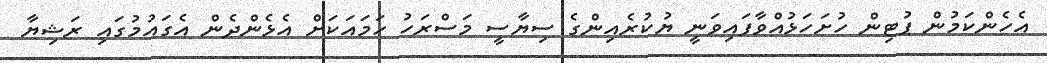
އެހެންކަމުން ޕުޓިން ހުށަހަޅުއްވާފައިވަނީ ޔުކުރެއިންގެ ސިޔާސީ މަސްރަހު ހަމައަކަށް އެޅެންދެން އެގައުމުގައި ރަޝިޔާ